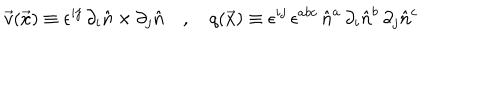
\vec { v } ( \vec { x } ) \equiv \epsilon ^ { i j } \, \partial _ { i } \hat { n } \times \partial _ { j } \hat { n } \quad , \quad q ( \vec { x } ) \equiv \epsilon ^ { i j } \, \epsilon ^ { a b c } \, \hat { n } ^ { a } \, \partial _ { i } \hat { n } ^ { b } \, \partial _ { j } \hat { n } ^ { c }